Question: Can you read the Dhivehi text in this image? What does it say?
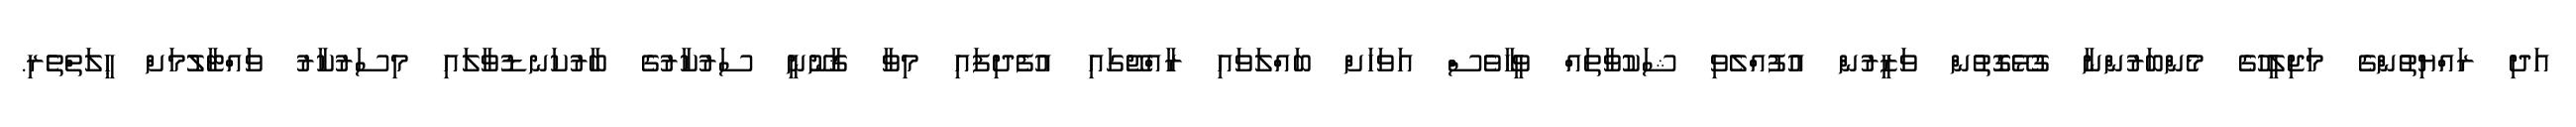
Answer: އަދި ރައްޔިތުންގެ މަޖިލީހުގެ މެންބަރުންނާ ގުޅޭގޮތުން ވަޒީރުން އުފުއްލެވި ޝަކުވާތައް ވީހާވެސް އަވަހަށް ބައްލަވައި ރާއްޖޭގައި އުފެދިފައި މިވާ ޤާނޫނީ ސަރުކާރުގެ ބާރުކަނޑުވާލައި މިސަރުކާރު ވައްޓާލުމަށް ޙީލަތްތެރި.